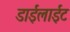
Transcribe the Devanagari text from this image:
डाईलाईट